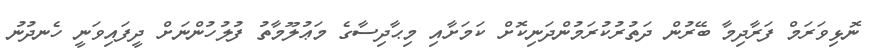
ނޮޅިވަރަމް ފަރާދިމާ ބޭރުން ދަތުރުކުރަމުންދަނިކޮށް ކަމަށާއި މިޙާދިސާގެ މަޢުލޫމާތު ފުލުހުންނަށް ދީފައިވަނީ ހެނދުނު